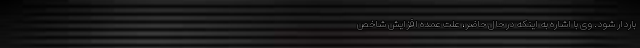
باردار شود. وی با اشاره به اینکه در حال حاضر، علت عمده افزایش شاخص